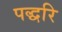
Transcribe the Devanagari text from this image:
पद्धरि